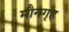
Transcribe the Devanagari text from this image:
मौनगृह